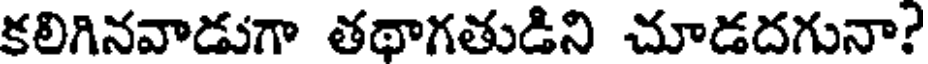
కలిగినవాడుగా తథాగతుడిని చూడదగునా?